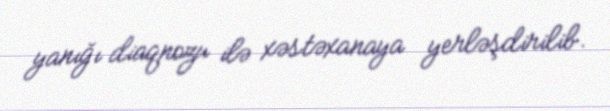
yanığı diaqnozu ilə xəstəxanaya yerləşdirilib.